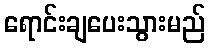
ရောင်းချပေးသွားမည်